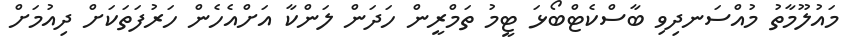
މައުލޫމާތު މުއްސަނދިވި ބާސްކެޓްބޯޅަ ޓީމު ތަމްރީން ހަދަން ލަންކާ އަށްއެހެން ހަރުފަތަކަށް ދިއުމަށް